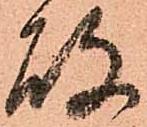
故